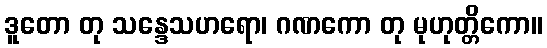
ဒူတော တု သန္ဒေသဟရော၊ ဂဏကော တု မုဟုတ္တိကော။